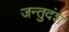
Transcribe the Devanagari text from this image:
जन्तुदंश